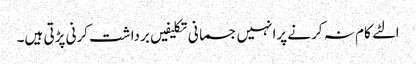
الٹے کام نہ کرنے پرانہیں جسمانی تکلیفیں برداشت کرنی پڑتی ہیں۔